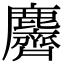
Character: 麡